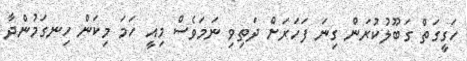
ހަގީގަތް ގަބޫލުކުރަން ގިނަ ފަހަރަށް ދަތިވި ނަމަވެސް މިއީ ހަމަ މިކަން ހިނގަމުންދާ